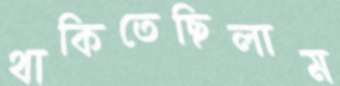
থাকিতেছিলাম